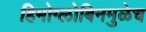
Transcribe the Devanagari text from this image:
हिमोग्लोबिनमुळेच